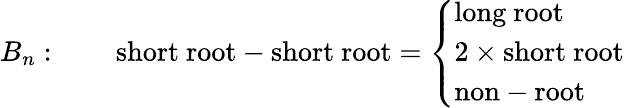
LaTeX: B_{n}:\qquad\mathrm{short~root}-\mathrm{short~root}=\left\{ \begin{array}{l}{{\mathrm{long~root}}}\\ {{2\times\mathrm{short~root}}}\\ {{\mathrm{non-root}}}\end{array}\right.